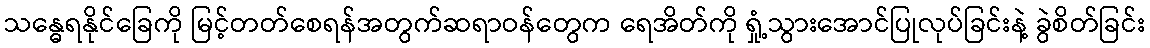
သန္ဓေရနိုင်ခြေကို မြင့်တတ်စေရန်အတွက်ဆရာဝန်တွေက ရေအိတ်ကို ရှုံ့သွားအောင်ပြုလုပ်ခြင်းနဲ့ ခွဲစိတ်ခြင်း